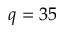
q = 3 5